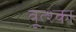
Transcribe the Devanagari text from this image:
वूत्श्का